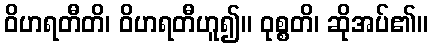
ဝိဟရတီတိ၊ ဝိဟရတီဟူ၍။ ဝုစ္စတိ၊ ဆိုအပ်၏။